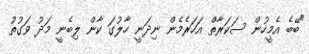
"ބޭބެ އެމީހުން ސަކަރާތް އަހަރެމެން ނިދަނީ ހާލުގަ ކާން ލިބެނީ މަދު ވަގުތު